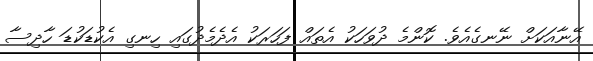
އޭނާއަކަށް ނޭނގެއެވެ. ކޮންމެ ދުވަހަކު އެތައް ފަހަރަކު އެދެމެދުގައި ހިނގި އެކުޑަކުޑަ ހާދިސާ